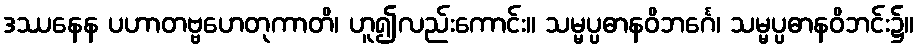
ဒဿနေန ပဟာတဗ္ဗဟေတုကာတိ၊ ဟူ၍လည်းကောင်း။ သမ္မပ္ပဓာနဝိဘင်္ဂေ၊ သမ္မပ္ပဓာနဝိဘင်း၌။